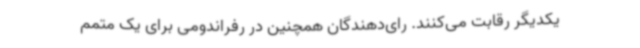
یکدیگر رقابت می‌کنند. رای‌دهندگان همچنین در رفراندومی برای یک متمم